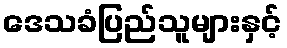
ဒေသခံပြည်သူများနှင့်